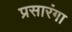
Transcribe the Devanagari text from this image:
प्रसारंगा